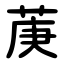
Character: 菮